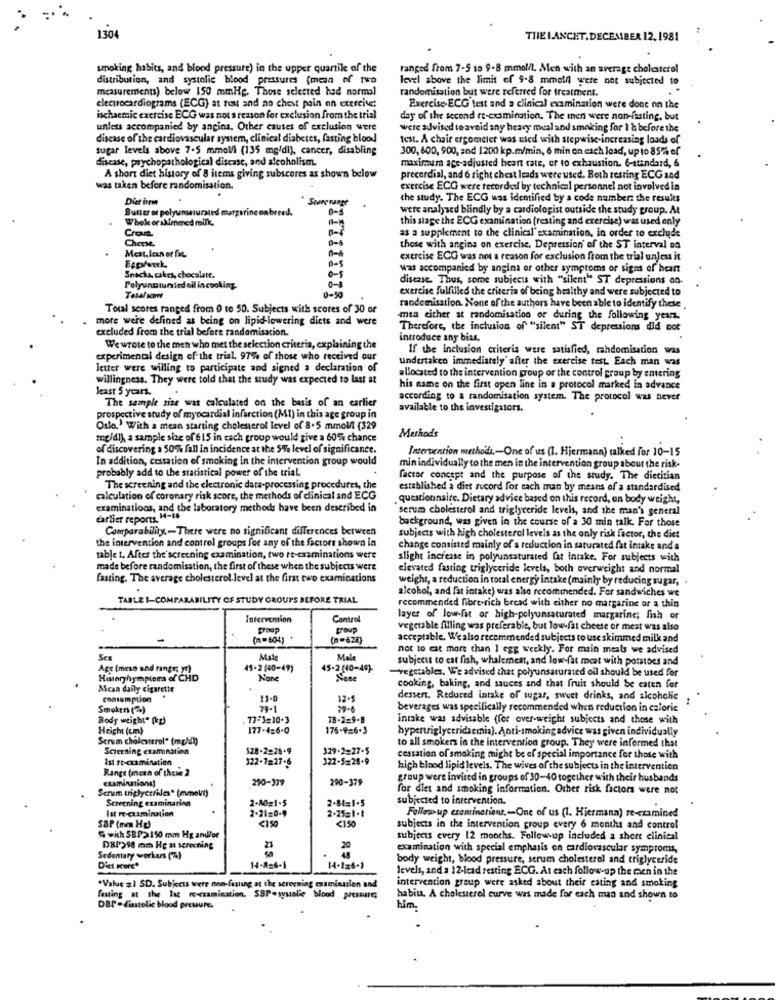
1304
THELANCET. DECEMBER 12, 1981
smoking habits, and blood pressure) in the upper quartile of the
ranged from 7-5 so 9-8 mmolit, Men with an average cholesterol
distribution, and systolic blood pressures (mean of two
level above the limit of 9-8 mmolfl were not subjected to
measurements) below 150 mmHg. Those selected had normal
randomisation but were referred for treatment.
electrocardiograms (ECG) at fest and no chest pain on exercise:
Exercise- ECG test and a clinical examination were done on the
ischaemic exercise ECG was not a reason for exclusion from the trial
day of the second rt-examination. The men were non-fasting, but
unless accompanied by angina. Other causes of exclusion were
were advised to avoid any heavy meal and smoking for I & before the
discase of the cardiovascular system, clinical diabetes, fasting blood
test. A chair ergometer was used with stepwise-increasing loads of
sugar levels above 7.5 mmol/l (135 mg/dl), cancer, disabling
300, 600, 900, and 1200 kp.m/min, 6 min on each load, up to 85% of
disease, psychopathological discase, and alcoholismn.
maximum age-adjusted heart rate, or to exhaustion. 6-standard, 6
A short diet history of 8 items giving subscores as shown below
precordial, and 6 right chest leads were used. Both resting ECG and
was taken before randomisation.
exercise ECG were recorded by technical personnel not involved in
Dict irem
the study. The ECG was identified by a code number: the results
Sutter or polyunsaturated margarine on breed.
0-s
were analysed blindly by a cardiologist outside the study group. At
Whole or skimmed milk,
this stage the ECG examination (resting and exercise) was used only
Crom
as a supplement to the clinical" examination, in order to exclude
Cherse.
0-6
those with angina on exercise, Depression of the ST interval on
exercise ECG was not a reason for exclusion from the trial unless it
B-5
Was accompanied by angina or other symptoms or signs of bean
Snacks, cakes, chocalate.
disease. Thus, some subjects with "silent" ST depressions an-
Polyunnturied oil in cooking
exercise fulfilled the criteria of being healthy and were subjected to
Total sont
0-50
Total scores ranged from 0 to 50. Subjects with scores of 30 or
randomisation. None of the authors have been able to identify these
more were defined as being on lipid-lowering diets and were
-men either at randomisation or during the following yearz.
excluded from the trial before randomisation.
Therefore, the inclusion of" "silent" ST depressions did not
introduce any bias.
We wrote to the men who met the selection criteria, explaining the
If the inclusion criteria were satisfied, rahdomisation was
experimental design of the trial. 97% of those who received our
undertaken immediately after the exercise test. Each man was
letter were willing to participate and signed a declaration of
willingness. They were told that the study was expected to last at
allocated to the intervention group or the control group by entering
least 5 years.
his name on the first open line in a protocol marked in advance
The sample size was calculated on the basis of an earlier
according to a randomisation system. The protocol was never
available to the investigators.
prospective study of myocardial infarction (MI) in this age group in
Oslo. With a mean starting cholesterol level of 8.5 mmol/l (329
Methods
mg/dl), a sample size of 615 in cach group would give a 60% chance
of discovering a 50% fall in incidence at the 5% level of significance.
Intervention methods ,- One of us (1. Hjermann) talked for 10-15
In addition, cessation of smoking in the intervention group would
probably add to the statistical power of the trial.
min individually to the men in the intervention group about the risk-
factor concept and the purpose of the study. The dietitian
The screening and the electronic data-processing procedures, the
established a diet record for each man by means of a standardised
calculation of coronary risk score, the methods of clinical and ECG
. questionnaire. Dietary advice based on this record, on body weight,
examinations, and the laboratory methods have been described in
serum cholesterol and triglyceride levels, and the man's general
carlier reports. 14-16
background, was given in the course of a 30 min talk. For those
Comparability ,- There were no significant differences between
subjects with high cholesterol levels as the only risk factor, the diet
the intervention and control groups for any of the factors shown in
change consisted mainly of a reduction in saturated fat intake and a
table t. After the' screening examination, two re-examinations were
slight increase in polyunsaturated fat intake. For subjects with
made before randomisation, the first of these when the subjects were
elevated fasting triglyceride levels, both overweight and normal
fasting. The average cholesterol- level at the first two examinations
weight, a reduction in total energy intake (mainly by reducing sugar,
alcohol, and fat intake) was also recommended. For sandwiches we
TABLE S-COMPARABILITY OF STUDY GROUPS BEFORE TRIAL
recommended fibre-rich bread with either no margarine or a thin
Intervention
Control
layer of low-fat or high-polyunsaturated margarine; fish or
group
vegetable filling was preferable, but low fat cheese or mest was also
(n=604)
(n=622)
acceptable. We also recommended subjects to use skimmed milk and
not to eat more than 1 egg weekly. For main meals we advised
Mate
Male
subjects to cat fish, whalemest, and low-fat meat with potatoes and
Age (men and fange; yr)
45-2 (40-49)
45-2 (40-49)-
-vegetables. We advised that polyunsaturated oil should be used for
History/symptoms of CHD
Sene
Mean daily cigarette
cooking, baking, and sauces and that fruit should be caten for
consumption
13-0
12-5
dessert. Reduced intake of sugar, sweet drinks, and alcoholic
Smokers (2)
79.
beverages was specifically recommended when reduction in calorie
Body weight" (hp)
77-1=10-3
78-2=9-8
intake was advisable (for over-weight subjects and those with
Height (cm)
177-4=6-0
175-9=6.3
hypertriglyceridemia). Anti-smokingadvice was given individually
Scrum cholesterol" (meldt)
to all smokers in the intervention group. They were informed that
Scierning examination
128-2=25-9
129.2=27-5
Ist re-examination
122-7=27-6
122-5=25-9
cessation of smoking might be of special importance for those with
Range (mcen of these 2
high blood lipid levels. The wives of the subjects in the intervention
examinations)
290-379
290-379
group were invited in groups of 30-40 together with their husbands
Scrum triglycerides" (mmout)
for diet and smoking information. Other risk factors were not
Screening examination
2-80=1-5
2-81=1-5
subjected to intervention.
Ist recumination
2-21=0-4
2.25=1.1
Follow-up erantinations .- One of us (1. Hiermana) re-czamined
S&P (mm Hg)
<150
<150
subjects in the intervention group every 6 months and control
" wich SB.P>150 mm Hg andfor
subjects every 12 months. Follow-up included a short clinical
DBP298 mm Hg at screening
23
20
examination with special emphasis on cardiovascular symproms,
Sedentary workers (7%)
body weight, blood pressure, serum cholesterol and triglyceride
Diet sort*
14-8=6-1
levels, and a 12-lead resting ECG. At each follow-up the men in the
intervention group were asked about their eating and smoking
"Value &1 SD. Subjects were non-fasling at the screening examination and
fasting at the lag re-czamination. SBP-sysolie blood pressure
habits. A cholesterol curve was made for each man and shown to
DBP -diastolic blood pressure.
him.